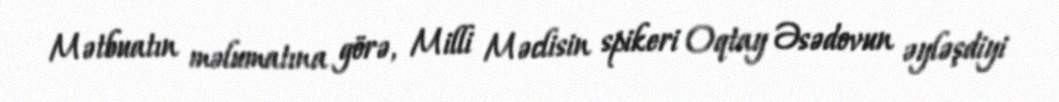
Mətbuatın məlumatına görə, Milli Məclisin spikeri Oqtay Əsədovun əyləşdiyi